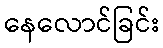
နေလောင်ခြင်း